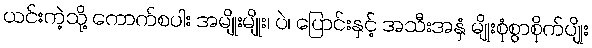
ယင်းကဲ့သို့ ကောက်စပါး အမျိုးမျိုး၊ ပဲ၊ ပြောင်းနှင့် အသီးအနှံ မျိုးစုံစွာစိုက်ပျိုး